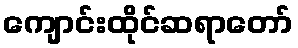
ကျောင်းထိုင်ဆရာတော်